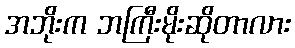
အဘိုးက ဘကြီးမိုးဆိုတာလား